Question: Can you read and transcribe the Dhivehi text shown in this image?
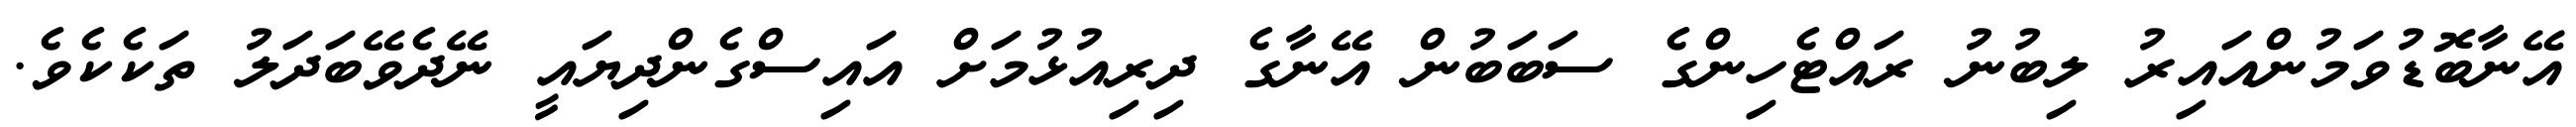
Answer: އޭނާބޮޑުވަމުންއައިރު ލިބުނު ރައްޓެހިންގެ ސަބަބުން އޭނާގެ ދިރިއުޅުމަށް އައިސްގެންދިޔައީ ނޭދެވޭބަދަލު ތަކެކެވެ.